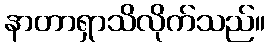
နာတာရှာသိလိုက်သည်။